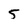
Character: 5